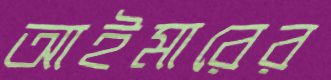
আইমারের